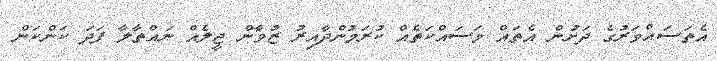
އެތަސައްވަރުގެ ދަށުން އެތައް މަސައްކަތެއް ކުރަމުންދާއިރު ޒުވާން ޖީލެއް ނައްތާލާ ފަދަ ކަންކަން